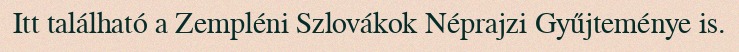
Itt található a Zempléni Szlovákok Néprajzi Gyűjteménye is.